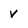
Character: V